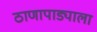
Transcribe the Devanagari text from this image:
ठाणापाड्याला